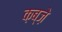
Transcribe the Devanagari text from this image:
क़ब्जे़